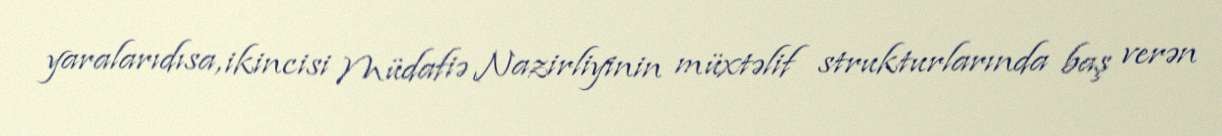
yaralarıdısa, ikincisi Müdafiə Nazirliyinin müxtəlif strukturlarında baş verən